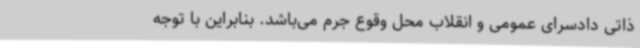
ذاتی دادسرای عمومی و انقلاب محل وقوع جرم می‌باشد. بنابراین با توجه